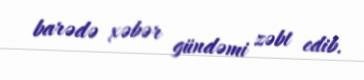
barədə xəbər gündəmi zəbt edib.